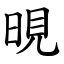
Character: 晛